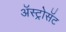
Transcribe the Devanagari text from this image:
अॅस्ट्रोसॅट